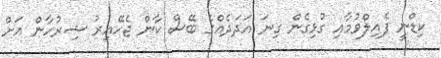
ކިޑްނީ ފެއިލްވުމާއި ގުޅިގެން ގިނަ އަދަދެއްގެ ބޭސް ކާން ޖެހޭއިރު ޝިރުހާން އަށް